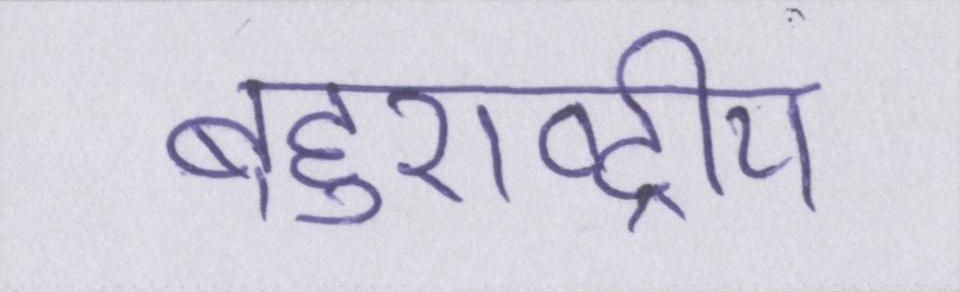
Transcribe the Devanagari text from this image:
बहुराष्ट्रीय